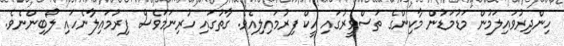
ހިންދިރުވައިލަމުން މަޑުމަޑުން މާކިންގެ ތަސްވީރުގައި އީކް ފިރުމައިލިއެވެ. ގާތުގައި ހުރިނަމަވެސް ފިރުމައިލާނެހައި ލޯބިންނެވެ.